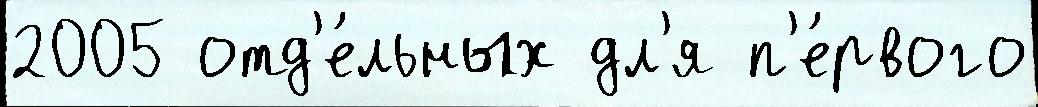
2005 отд'е́льных дл'я п'е́рвого